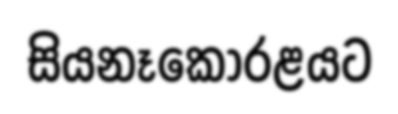
සියනෑකෝරළයට